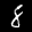
Label: 8